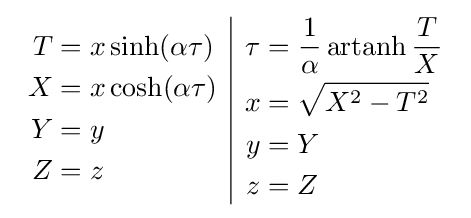
{\begin{array}{c|c}{\begin{aligned}T&=x\sinh(\alpha \tau )\\X&=x\cosh(\alpha \tau )\\Y&=y\\Z&=z\end{aligned}}&{\begin{aligned}\tau &={\frac {1}{\alpha }}\operatorname {artanh} {\frac {T}{X}}\\x&={\sqrt {X^{2}-T^{2}}}\\y&=Y\\z&=Z\end{aligned}}\end{array}}